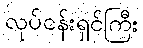
လုပ်ငန်းရှင်ကြီး